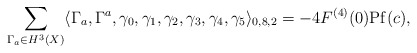
\begin{align*}\sum_{\Gamma_a\in H^3(X)}\langle \Gamma_a,\Gamma^a,\gamma_0,\gamma_1,\gamma_2,\gamma_3,\gamma_4,\gamma_5\rangle_{0,8,2}=-4 F^{(4)}(0) \mathrm{Pf}(c),\end{align*}